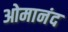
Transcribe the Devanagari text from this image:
ओमानंद